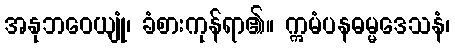
အနုဘဝေယျုံ၊ ခံစားကုန်ရာ၏။ ဣမံပနဓမ္မဒေသနံ၊